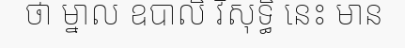
ថា ម្នាល ឧបាលិ វិសុទ្ធិ នេះ មាន